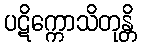
ပဋိက္ကောသိတုန္တိ